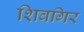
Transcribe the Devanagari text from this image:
शिवगिर